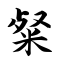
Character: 粲